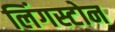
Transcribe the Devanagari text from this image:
लिंगस्टोन